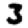
Digit: 3